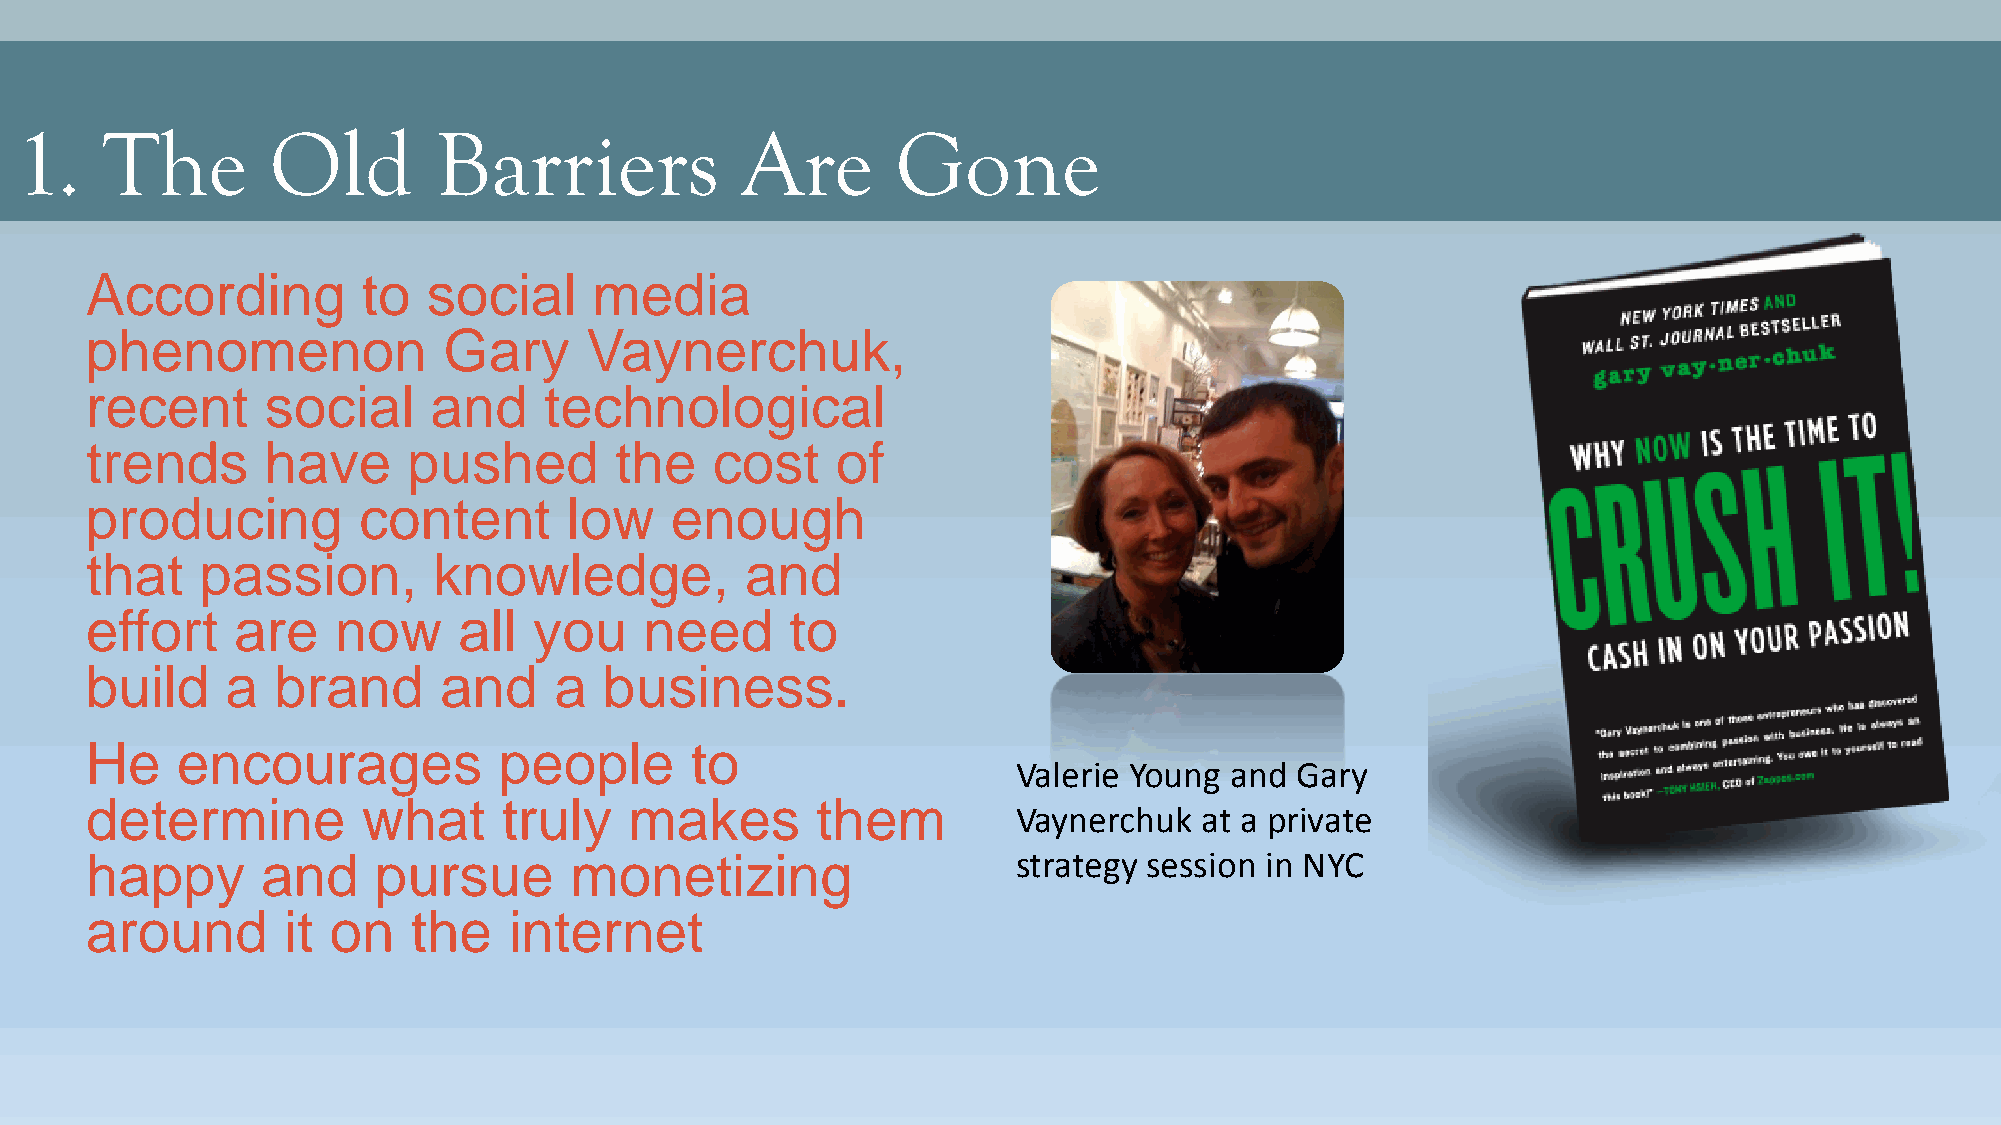
1.    The        Old        Barriers            Are       Gone
 According         to  social     media
 phenomenon             Gary      Vaynerchuk,
 recent      social    and     technological
 trends      have     pushed        the   cost    of
 producing         content       low   enough
 that   passion,        knowledge,          and
 effort    are   now     all  you     need     to
 build    a  brand      and     a  business.
 He    encourages           people       to
 Valerie Young and  Gary
 determine         what     truly    makes       them
 Vaynerchuk  at a private
 happy      and     pursue       monetizing                   strategy session in NYC
 around       it on   the    internet